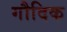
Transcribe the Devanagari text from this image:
गौदिक